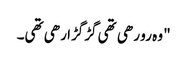
" وہ رو رھی تھی گڑگڑا رھی تھی۔